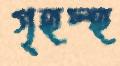
গৃহস্হ